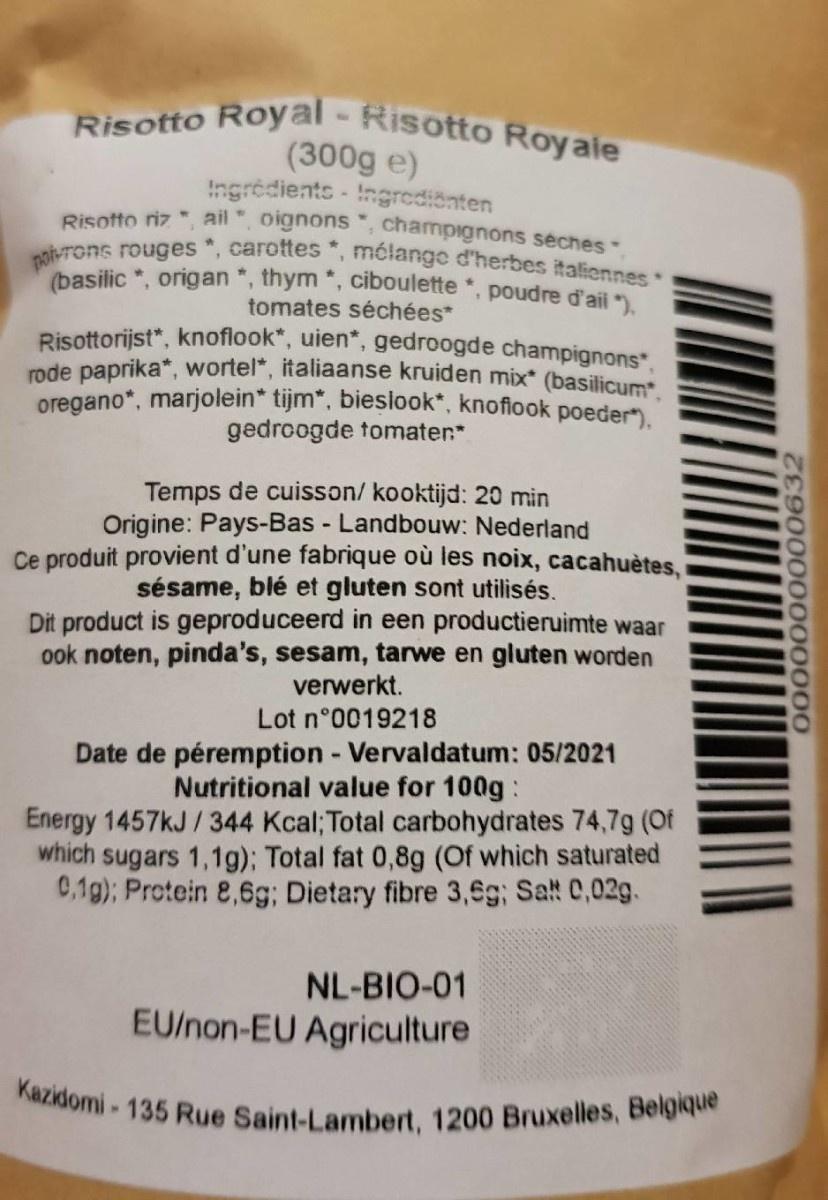
Risotto Royal - Risotto Royaie
(300g e) Ingredients - Ingredionten Risotto riz " ail", oignons , champignons seches.
po-rons rouges *, carottes *, mélange d'herbes italiennes *
(basilic *, origan *, thym *, ciboulette *, poudre d'ail "). tomates séchées*
Risottorijst*, knoflook*, uien", gedroogde champignons. ode paprika*, wortel", italiaanse kruiden mix* (basilicum oregano*, marjolein* tijm", bieslook*, knofiook poeder"). gedroogde tomater*
Temps de cuisson/ kooktijd: 20 min Origine: Pays-Bas - Landbouw: Nederland Ce produit provient d'une fabrique où les noix, cacahuètes, sésame, blé et gluten sont utilisés. Dit product is geproduceerd in een productieruimte waar ook noten, pinda's, sesam, tarwe en gluten worden verwerkt.
Lot n°0019218
Date de péremption - Vervaldatum: 05/2021 Nutritional value for 100g: Energy 1457KJ/344 Kcal; Total carbohydrates 74,7g (Of which sugars 1,1g); Total fat 0,8g (Of which saturated 0,1g); Protein 8,6g; Dietary fibre 3,6g; Sa! C,02g.
NL-BIO-01
EU/non-EU Agriculture
Kazidomi-135 Rue Saint-Lambert, 1200 Bruxelles, Belgique
02000000